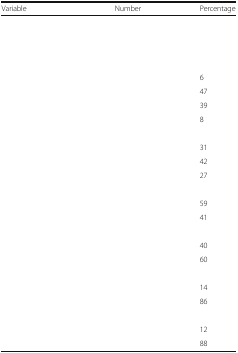
<table><thead><tr><td><b>Variable</b></td><td><b>Number</b></td><td><b>Percentage</b></td></tr></thead><tbody><tr><td colspan="3">[EMPTY_CELL]</td></tr><tr><td colspan="3">[EMPTY_CELL]</td></tr><tr><td colspan="3">[EMPTY_CELL]</td></tr><tr><td colspan="3">[EMPTY_CELL]</td></tr><tr><td>[EMPTY_CELL]</td><td>[EMPTY_CELL]</td><td>6</td></tr><tr><td>[EMPTY_CELL]</td><td>[EMPTY_CELL]</td><td>47</td></tr><tr><td>[EMPTY_CELL]</td><td>[EMPTY_CELL]</td><td>39</td></tr><tr><td>[EMPTY_CELL]</td><td>[EMPTY_CELL]</td><td>8</td></tr><tr><td colspan="3">[EMPTY_CELL]</td></tr><tr><td>[EMPTY_CELL]</td><td>[EMPTY_CELL]</td><td>31</td></tr><tr><td>[EMPTY_CELL]</td><td>[EMPTY_CELL]</td><td>42</td></tr><tr><td>[EMPTY_CELL]</td><td>[EMPTY_CELL]</td><td>27</td></tr><tr><td colspan="3">[EMPTY_CELL]</td></tr><tr><td>[EMPTY_CELL]</td><td>[EMPTY_CELL]</td><td>59</td></tr><tr><td>[EMPTY_CELL]</td><td>[EMPTY_CELL]</td><td>41</td></tr><tr><td colspan="3">[EMPTY_CELL]</td></tr><tr><td>[EMPTY_CELL]</td><td>[EMPTY_CELL]</td><td>40</td></tr><tr><td>[EMPTY_CELL]</td><td>[EMPTY_CELL]</td><td>60</td></tr><tr><td colspan="3">[EMPTY_CELL]</td></tr><tr><td>[EMPTY_CELL]</td><td>[EMPTY_CELL]</td><td>14</td></tr><tr><td>[EMPTY_CELL]</td><td>[EMPTY_CELL]</td><td>86</td></tr><tr><td colspan="3">[EMPTY_CELL]</td></tr><tr><td>[EMPTY_CELL]</td><td>[EMPTY_CELL]</td><td>12</td></tr><tr><td>[EMPTY_CELL]</td><td>[EMPTY_CELL]</td><td>88</td></tr></tbody></table>